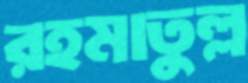
রহমাতুল্ল